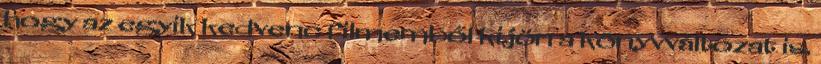
hogy az egyik kedvenc filmemből kijön a könyvváltozat is.